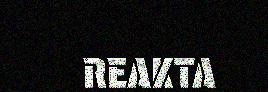
REAKTA